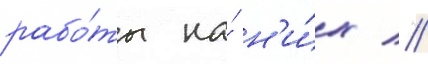
рабо́ты на́ н'и́х //